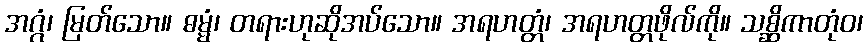
အဂ္ဂံ၊ မြတ်သော။ ဓမ္မံ၊ တရားဟုဆိုအပ်သော။ အရဟတ္တံ၊ အရဟတ္တဖိုလ်ကို။ သစ္ဆိကာတုံဝ၊